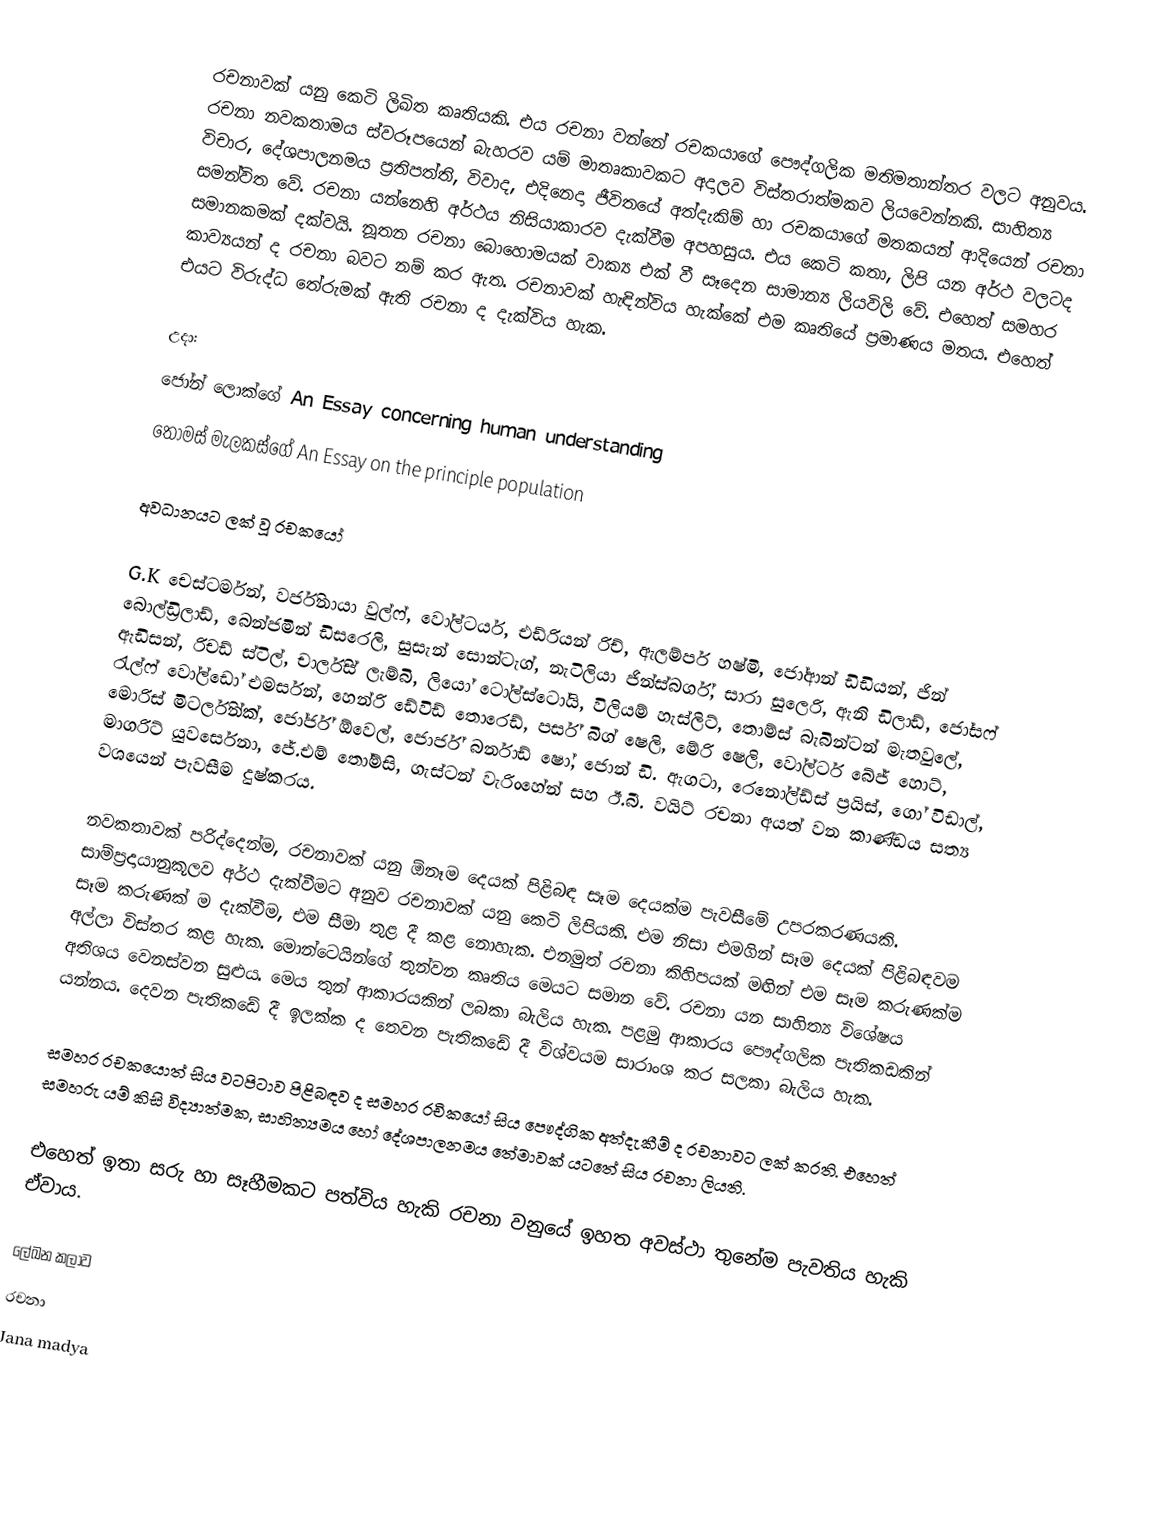
රචනාවක් යනු කෙටි ලිඛිත කෘතියකි. එය රචනා වන්නේ රචකයාගේ පෞද්ගලික මතිමතාන්තර වලට අනුවය. රචනා නවකතාමය ස්වරූපයෙන් බැහරව යම් මාතෘකාවකට අදාලව විස්තරාත්මකව ලියවෙන්නකි. සාහිත්‍ය විචාර, දේශපාලනමය ප්‍රතිපත්ති, විවාද, එදිනෙදා ජීවිතයේ අත්දැකිම් හා රචකයාගේ මතකයන් ආදියෙන් රචනා සමන්විත වේ. රචනා යන්නෙහි අර්ථය නිසියාකාරව දැක්වීම අපහසුය. එය කෙටි කතා, ලිපි යන අර්ථ වලටද සමානකමක් දක්වයි. නූතන රචනා බොහොමයක් වාක්‍ය එක් වී සෑදෙන සාමාන්‍ය ලියවිලි වේ. එහෙත් සමහර කාව්‍යයන් ද රචනා බවට නම් කර ඇත. රචනාවක් හැඳින්විය හැක්කේ එම කෘතියේ ප්‍රමාණය මතය. එහෙත් එයට විරුද්ධ තේරුමක් ඇති රචනා ද දැක්විය හැක.

උදා‍:
ජෝන් ලොක්ගේ An Essay concerning human understanding
තෝමස් මැලකස්ගේ An Essay on the principle population

අවධානයට ලක් වූ රචකයෝ

G.K චෙස්ටර්මන්, වර්ජිනායා වුල්ෆ්, වෝල්ටයර්, එඩ්රියන් රිච්, ඇලම්පර් හෂ්මි, ජෝආන් ඩිඩියන්, ජින් බොල්ඩ්‍රිලාඩ්, බෙන්ජමින් ඩිසරෙලි, සුසැන් ‍සොන්ටැග්, නැටිලියා ජින්ස්බර්ග්, සාරා සුලෙරි, ඇනි ඩිලාඩ්, ජෝසෆ් ඇඩිසන්, රිචඩ් ස්ටිල්, චාර්ලිස් ලැම්බි, ලියෝ ටෝල්ස්ටෝයි, විලියම් හැස්ලිට්, තොම්ස් බැබින්ටන් මැතවුලේ, රැල්ෆ් වෝල්ඩෝ එමර්සන්, හෙන්රි ඩේවිඩ් තොරෙඩ්, පර්ස් බිග් ෂෙලි, මේරි ෂෙලි, වෝල්ටර් බේජ් හොට්, මොරිස් මිටර්ලින්ක්, ජෝර්ජ් ඕවෙල්, ජොර්ජ් බර්නාඩ් ෂෝ, ජොන් ඩි. ඇගටා, රෙනෝල්ඩ්ස් ප්‍රයිස්, ගෝ විඩාල්, මාගරිට් යුවර්සෙනා, ජේ.එම් තෝම්සි, ගැස්ටන් වැරිංහේන් සහ ඊ.බී. වයිට් රචනා අයත් වන කාණ්ඩය සත්‍ය වශයෙන් පැවසීම දුෂ්කරය.

නවකතාවක් පරිද්දෙන්ම, රචනාවක් යනු ඕනෑම දෙයක් පිළිබඳ සෑම දෙයක්ම පැවසීමේ උපරකරණයකි. සාම්ප්‍රදායානුකූලව අර්ථ දැක්වීමට අනුව රචනාවක් යනු කෙටි ලිපියකි. එම නිසා එමගින් සෑම දෙයක් පිළිබඳවම සෑම කරුණක් ම දැක්වීම, එම සීමා තුළ දී කළ නොහැක. එනමුත් රචනා කිහිපයක් මඟින් එම සෑම කරුණක්ම අල්ලා විස්තර කළ හැක. මොන්ටෙයින්ගේ තුන්වන කෘතිය මෙයට සමාන වේ. රචනා යන සාහිත්‍ය විශේෂය අතිශය වෙනස්වන සුළුය. මෙය තුන් ආකාරයකින් ලබකා බැලිය හැක. පළමු ආකාරය පෞද්ගලික පැතිකඩකින් යන්නය. දෙවන පැතිකඩේ දී  ඉලක්ක ද තෙවන පැතිකඩේ දී විශ්වයම සාරාංශ කර සලකා බැලිය හැක.

සමහර රචකයොත් සිය වටපිටාව පිළිබඳව ද සමහර රචිකයෝ සිය පෞද්ගික අත්දැකීම් ද රචනාවට ලක් කරති. එහෙත් සමහරු යම් කිසි විද්‍යාත්මක, සාහිත්‍යමය හෝ දේශපාලනමය තේමාවක් යටතේ සිය රචනා ලියති.

එහෙත් ඉතා සරු හා සෑහීමකට පත්විය හැකි රචනා වනුයේ ඉහත අවස්ථා තුනේම පැවතිය හැකි ඒවාය.

ලේඛන කලාව
රචනා
Jana madya